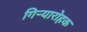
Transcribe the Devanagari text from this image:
गिऱ्यारोहक